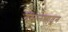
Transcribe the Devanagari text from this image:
नसानसातून